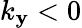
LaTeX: k_{\mathbf{y}}<0